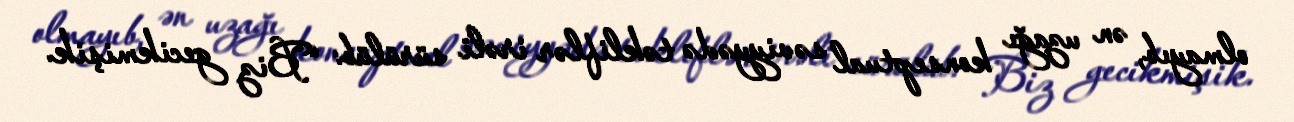
olmayıb, ən uzağı konseptual səviyyədə təkliflər irəli sürülüb: “Biz gecikmişik.